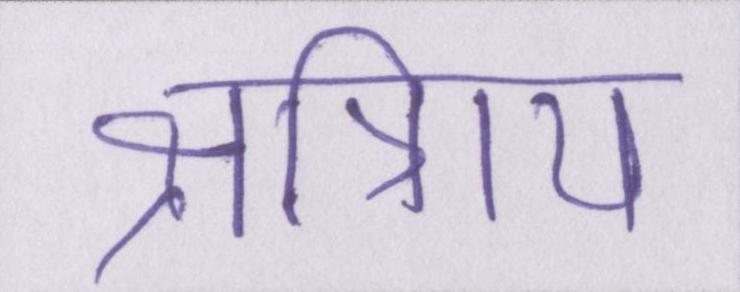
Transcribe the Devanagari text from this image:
क्षत्रिाय